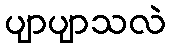
ပျာပျာသလဲ